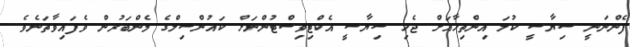
ފެންނަނީ ސިޔާސީ ކުލަ އިންތިހާއަށް ޖެހި ސިޔާސީ އެކްޓިވިސްޓުންނަށް ކައުންސިލްގެ މެންބަރުން ވެފައިވާތަނެވެ.